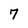
Character: 7